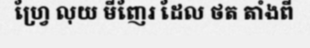
ហ្វ្រែ លុយ មីញែរ ដែល ថត តាំងពី